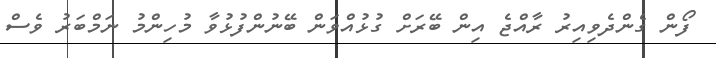
ފޯން ގެންދެވިއިރު ރާއްޖެ އިން ބޭރަށް ގުޅުއްވަން ބޭނުންފުޅުވާ މުހިންމު ނަމްބަރު ވެސް